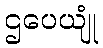
ဌပေယျုံ